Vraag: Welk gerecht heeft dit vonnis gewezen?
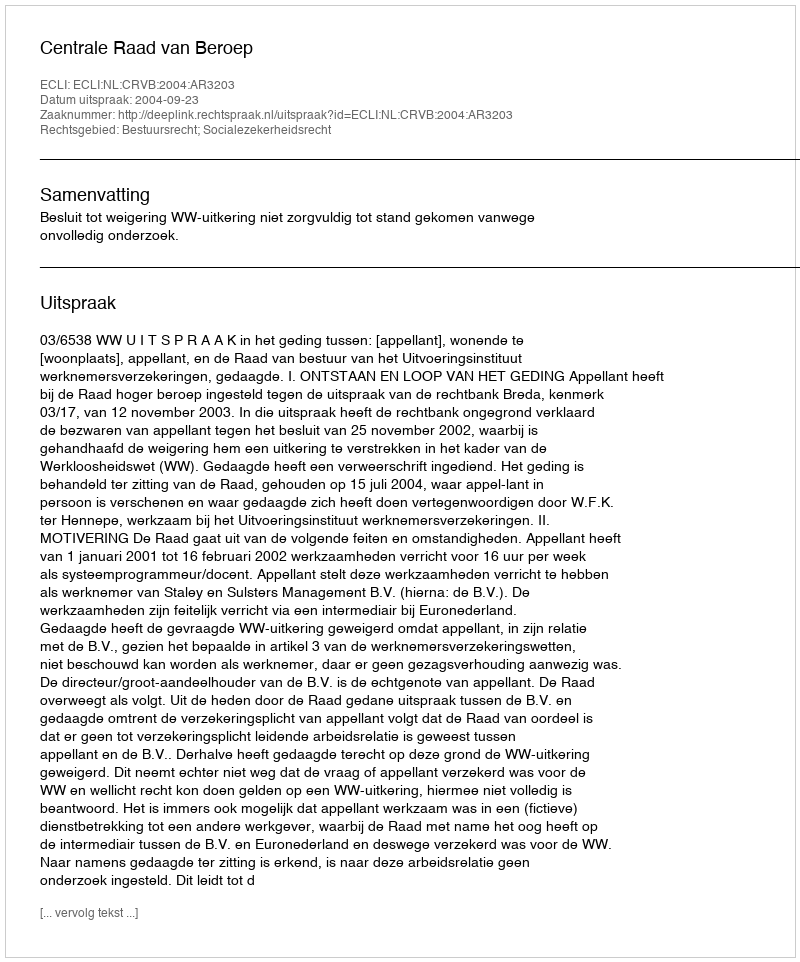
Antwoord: Centrale Raad van Beroep